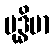
ဗုဒ္ဓိမာ